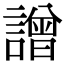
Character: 譄